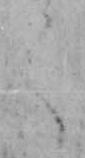
く